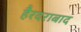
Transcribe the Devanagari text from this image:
हैरदराबाद